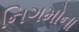
નિગમોના